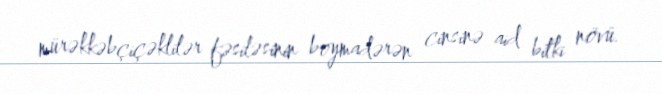
mürəkkəbçiçəklilər fəsiləsinin boymadərən cinsinə aid bitki növü.